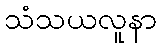
သံသယလူနာ